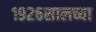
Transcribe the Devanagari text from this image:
१९२६सालच्या